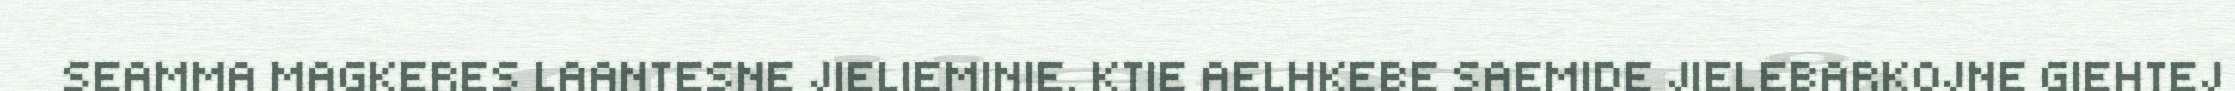
SEAMMA MAGKERES LAANTESNE JIELIEMINIE. KTIE AELHKEBE SAEMIDE JIELEBARKOJNE GIEHTEJ